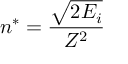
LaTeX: n ^ { * } = { \frac { \sqrt { 2 E _ { i } } } { Z ^ { 2 } } }